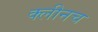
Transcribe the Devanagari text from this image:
क्लीनच